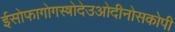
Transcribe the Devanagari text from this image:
ईसोफागोगस्त्रोदेउओदीनोसकोपी